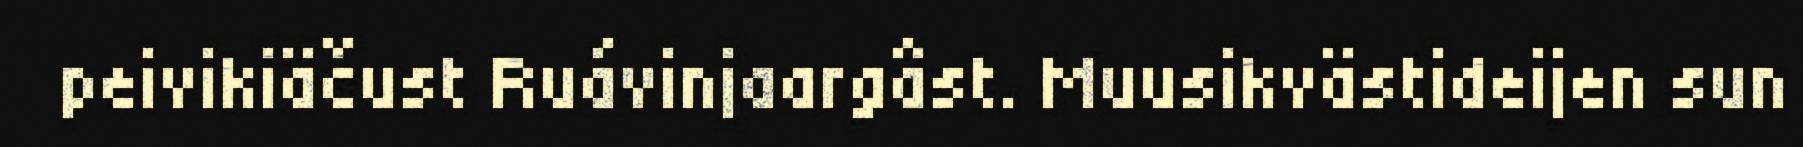
peivikiäčust Ruávinjaargâst. Muusikvästideijen sun